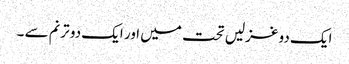
ایک دو غزلیں تحت میں اور ایک دو ترنم سے ۔